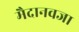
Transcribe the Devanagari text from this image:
मैदानवजा